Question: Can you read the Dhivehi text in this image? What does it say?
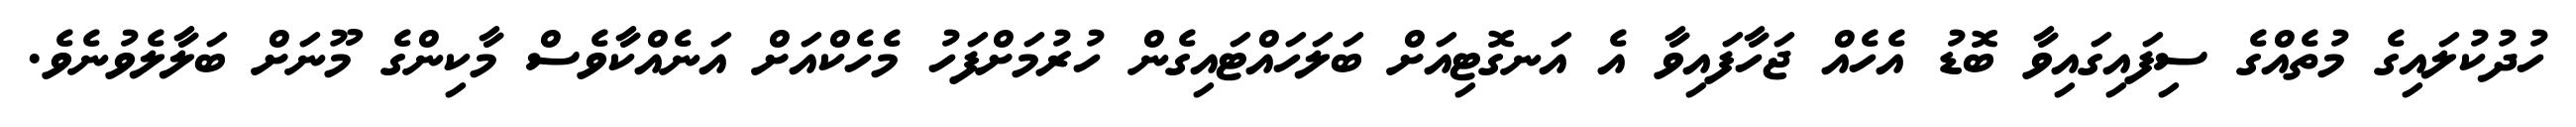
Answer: ހުދުކުލައިގެ މުތެއްގެ ސިފައިގައިވާ ބޮޑު އެހެއް ޖަހާފައިވާ އެ އަނގޮޓިއަށް ބަލަހައްޓައިގެން ހުރުމަށްފަހު މެހެކްއަށް އަނެއްކާވެސް މާކިންގެ މޫނަށް ބަލާލެވުނެވެ.